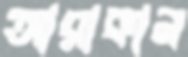
আরাকান